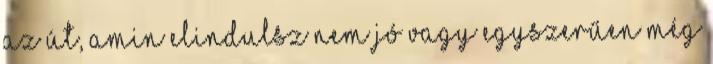
az út, amin elindulsz nem jó vagy egyszerűen még